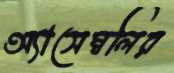
অ্যাসেম্বলির